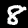
Digit: 8